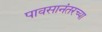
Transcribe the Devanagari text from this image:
पावसानंतरच्या